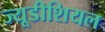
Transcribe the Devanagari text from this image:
ज्यूडीशियल